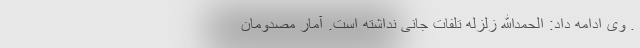
. وی ادامه داد: الحمدالله زلزله تلفات جانی نداشته است. آمار مصدومان